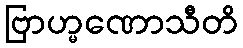
ဗြာဟ္မဏောသီတိ